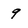
Character: 9